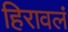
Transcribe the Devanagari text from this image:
हिरावलं